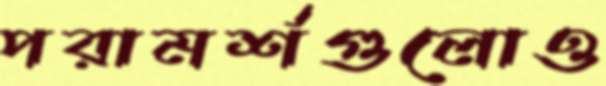
পরামর্শগুলোও